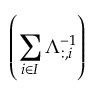
\left( \sum _ { i \in I } { \Lambda _ { : , i } ^ { - 1 } } \right)